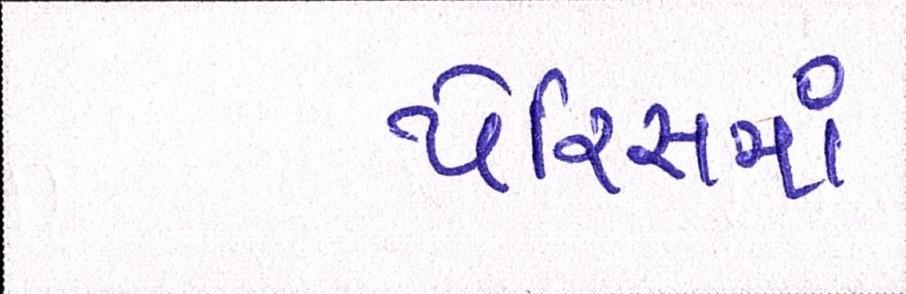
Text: પેરિસમાં